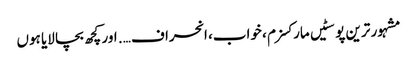
مشہور ترین پوسٹیں	مارکسزم ، خواب، انحراف …. اور کچھ بچا لایا ہوں